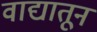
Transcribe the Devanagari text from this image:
वाद्यातून